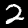
Digit: 2